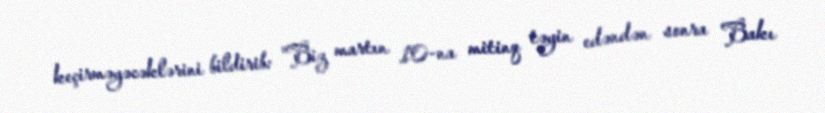
keçirməyəcəklərini bildirib: "Biz martın 10-na mitinq təyin edəndən sonra Bakı